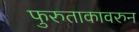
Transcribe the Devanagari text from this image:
फुरुताकावरुन